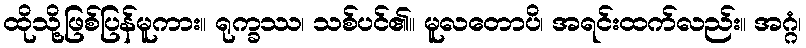
ထိုသို့ဖြစ်ပြန်မူကား။ ရုက္ခဿ၊ သစ်ပင်၏။ မူလတောပိ၊ အရင်းထက်လည်း။ အဂ္ဂံ၊